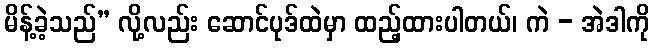
မိန့်ခဲ့သည်” လို့လည်း ဆောင်ပုဒ်ထဲမှာ ထည့်ထားပါတယ်၊ ကဲ - အဲဒါကို